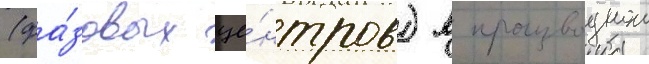
(фа́зовых це́нтров) в производнои